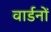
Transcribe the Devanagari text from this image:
वार्डनों